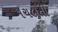
મચલતી